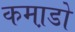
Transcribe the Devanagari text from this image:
कमा़डो